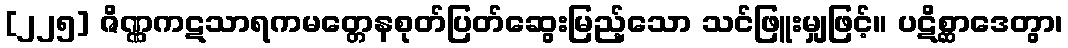
[၂၂၅] ဇိဏ္ဏကဋသာရကမတ္တေနစုတ်ပြတ်ဆွေးမြည့်သော သင်ဖြူးမျှဖြင့်။ ပဋိစ္ဆာဒေတွာ၊